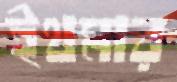
ইথমার